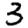
Digit: 3